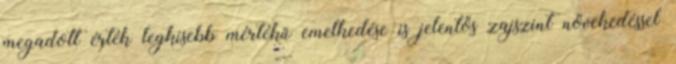
megadott érték legkisebb mértékű emelkedése is jelentős zajszint növekedéssel